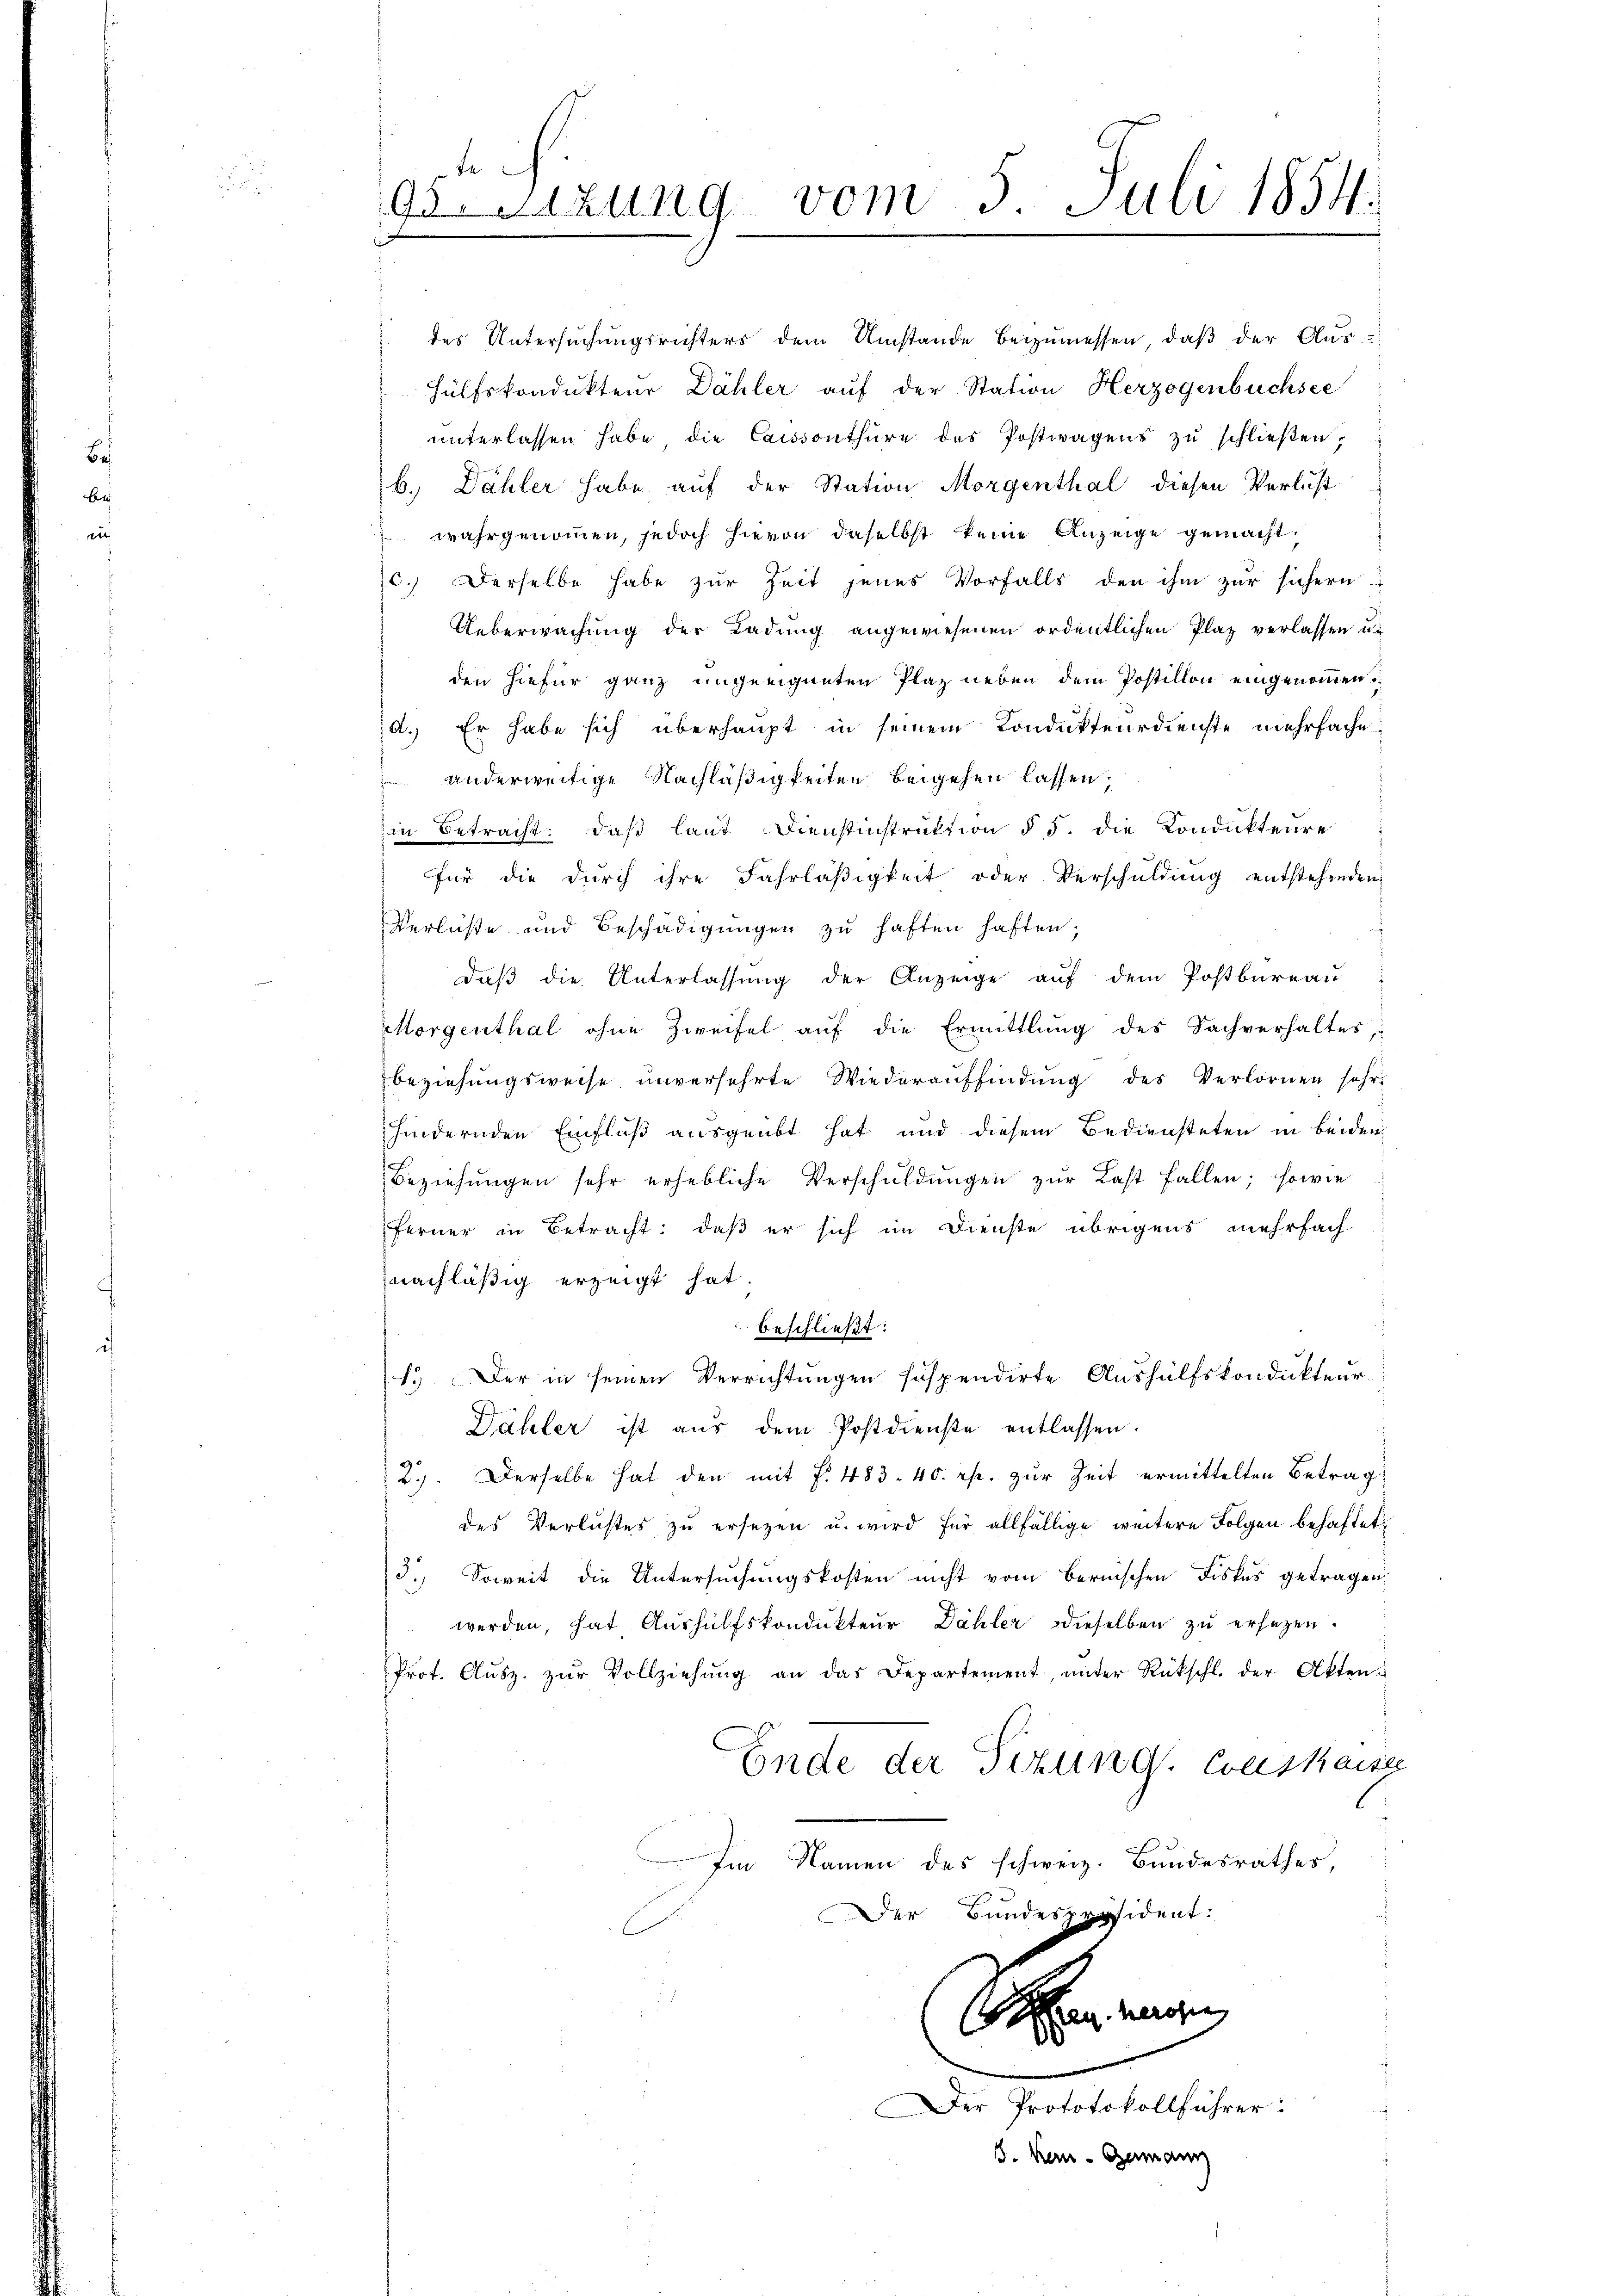
95.Stzung vom 3. Juli 1854.

des Untersuchungsrichters dem Umstände beizumessen, daß der Aus¬
Hülfskondukteur Dähler aŭf der Station Herzogenbüchsee
unterlassen habe die Cassanthüre des Postwagens zu schließen,
b. Dähler habe auf der Station Morgenthal diesen Verlust
 wahrgenommen, jedoch hievon daselbst keine Anzeige gemacht.
c. Derselbe habe zŭr Zeit jenes Vorfalls den ihm zŭr sichern
Ueberwachung der Ladung angewiesenen ordentlichen Plaz verlassen u.
den hiefür ganz ungeeigneten Plaz neben dem Postillon eingenommen
d. Er habe sich überhaupt in seinem Kondukteurdienste mehrfache
 anderweitige Nachläßigkeiten beigehen lassen;
in Betracht: daß laut Dienstinstruktion § 5. die Kondukteure
für die durch ihre Fahrläßigkeit oder Verschuldung entstehenden
Verlüste und Beschädigungen zu haften haften;
daß die Unterlassung der Anzeige auf dem Postbureau
Morgenthal ohne Zweifel auf die Ermittlung des Sachverhaltes
beziehungsweise unversehrte Wiederauffindung des Verlornen sehr
hindernden Einfluß ausgeübt hat und diesem Bediensteten in beiden
Beziehungen sehr erhebliche Verschuldungen zur Last fallen; sowie
Ferner in Betracht: daß er sich im Dienste übrigens mehrfach
nachläßig erzeigt hat.
beschließt:
1.) Der in seinen Verrichtungen suspendirte Aushülfskondukteur.
Dähler ist aus dem Postdienste entlassen
2). Derselbe hat den mit §. 483. 40 rp. zur Zeit ermittelten Betrag
des Verlustes zu ersezen u. wird für allfällige weitere Folgen behaftet,
3. Soweit die Untersuchungskosten nicht vom Bernischen Fiskus getragen,
werden, hat Aushülfskondukteur Dähler dieselben zu ersezen.
Prot. Aŭsz. zŭr Vollziehŭng an das Departement, ŭnter Rückschl. der Akten.
Ende der Sizung. Conskaise
Im Namen des schweiz. Bundesrathes,
Der Bundespräsident:
an, wegen
0
.
er Prototokollführer:
8. Kein - Germann